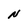
Character: N